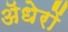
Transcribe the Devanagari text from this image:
ॲधेरों